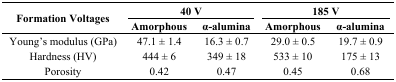
| <ROWSPAN=2> Formation Voltages | <COLSPAN=2> 40 V | <COLSPAN=2> 185 V |
 | Amorphous | α-alumina | Amorphous | α-alumina |
 | --- | --- | --- | --- | --- |
 | Young’s modulus (GPa) | 47.1 ± 1.4 | 16.3 ± 0.7 | 29.0 ± 0.5 | 19.7 ± 0.9 |
 | Hardness (HV) | 444 ± 6 | 349 ± 18 | 533 ± 10 | 175 ± 13 |
 | Porosity | 0.42 | 0.47 | 0.45 | 0.68 |